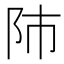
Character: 𨸲